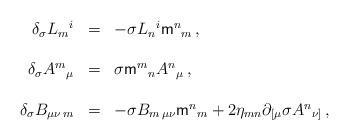
LaTeX: \begin{align*}\begin{array}{rcl}\delta_{\sigma}L_{m}{}^{i} & = & -\sigma L_{n}{}^{i}\mathsf{m}^{n}{}_{m}\, ,\\& & \\\delta_{\sigma}A^{m}{}_{\mu} & = & \sigma \mathsf{m}^{m}{}_{n} A^{n}{}_{\mu}\, , \\& & \\\delta_{\sigma}B_{\mu\nu\, m} & = & -\sigma B_{m\, \mu\nu}\mathsf{m}^{n}{}_{m}+2\eta_{mn}\partial_{[\mu}\sigma A^{n}{}_{\nu]}\, ,\\\end{array}\end{align*}